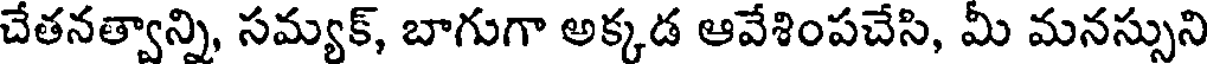
చేతనత్వాన్ని, సమ్యక్, బాగుగా అక్కడ ఆవేశింపచేసి, మీ మనస్సుని